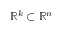
\mathbb { R } ^ { k } \subset \mathbb { R } ^ { n }